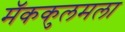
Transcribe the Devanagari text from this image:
मॅककुलमला